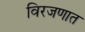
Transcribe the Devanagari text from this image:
विरजणात